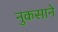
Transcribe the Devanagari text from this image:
नुकसाने